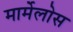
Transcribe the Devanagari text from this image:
मार्मेलोस